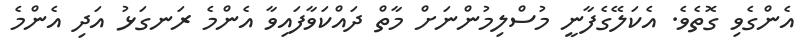
އެންގެވި ގޮތެވެ. އެކަލޭގެފާނީ މުސްލިމުންނަށް މާތް ދައްކަވާފައިވާ އެންމެ ރަނގަޅު އަދި އެންމެ